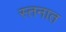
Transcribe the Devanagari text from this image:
स्तनात